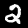
Digit: 2